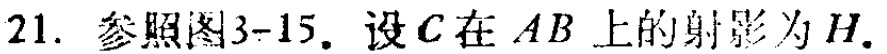
21. 参照图3-15. 设\(C\)在\(AB\)上的射影为\(H\).